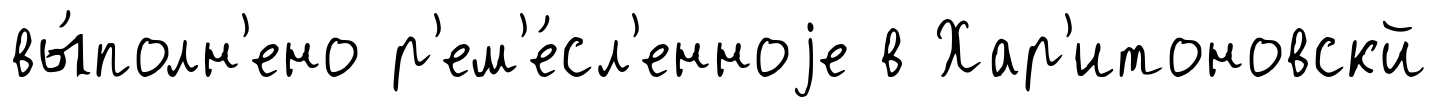
вы́полн'ено р'ем'е́сл'енноjе в Хар'итоновскй